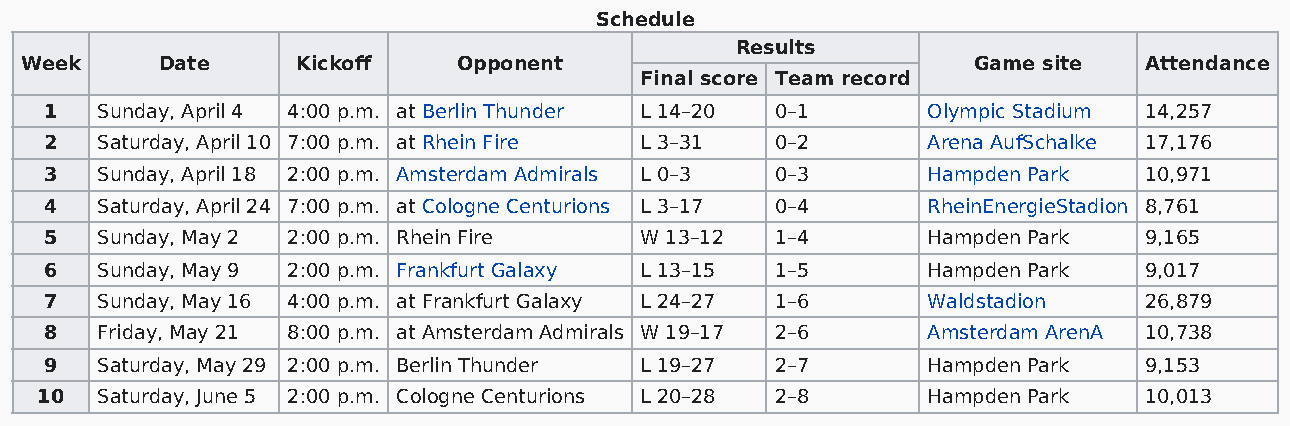
Schedule
 Results
 Week     Date      Kickoff   Opponent                          Game site   Attendance
 Final score Team record
 1  Sunday, April 4 4:00 p.m. at Berlin Thunder L 14–20 0–1 Olympic Stadium 14,257
 2  Saturday, April 10 7:00 p.m. at Rhein Fire L 3–31 0–2  Arena AufSchalke 17,176
 3  Sunday, April 18 2:00 p.m. Amsterdam Admirals L 0–3 0–3 Hampden Park  10,971
 4  Saturday, April 24 7:00 p.m. at Cologne Centurions L 3–17 0–4 RheinEnergieStadion 8,761
 5  Sunday, May 2 2:00 p.m. Rhein Fire  W 13–12  1–4       Hampden Park   9,165
 6  Sunday, May 9 2:00 p.m. Frankfurt Galaxy L 13–15 1–5   Hampden Park   9,017
 7  Sunday, May 16 4:00 p.m. at Frankfurt Galaxy L 24–27 1–6 Waldstadion  26,879
 8  Friday, May 21 8:00 p.m. at Amsterdam Admirals W 19–17 2–6 Amsterdam ArenA 10,738
 9  Saturday, May 29 2:00 p.m. Berlin Thunder L 19–27 2–7  Hampden Park   9,153
 10  Saturday, June 5 2:00 p.m. Cologne Centurions L 20–28 2–8 Hampden Park 10,013